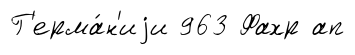
Г'ерма́н'иjи 963 Фахр ап